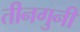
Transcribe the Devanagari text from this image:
तीनगुनी